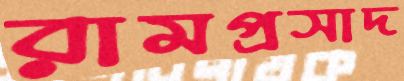
রামপ্রসাদ